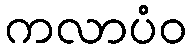
ကလာပံဝ